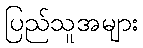
ပြည်သူအများ